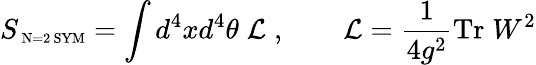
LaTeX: S_{\mathrm{\scriptsize~N=2~SYM}}=\int d^{4}xd^{4}\theta\; {\cal L}\; ,\qquad{\cal L}=\frac{1}{4g^{2}}\mathrm{Tr}\; W^{2}